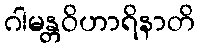
ဂါမန္တဝိဟာရိနာတိ